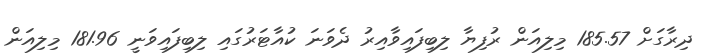
ދިރާގަށް 185.57 މިލިއަން ރުފިޔާ ލިބިފައިވާއިރު ދެވަނަ ކުއާޓަރުގައި ލިބިފައިވަނީ 181.96 މިލިއަން